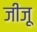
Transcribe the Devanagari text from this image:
जीजू